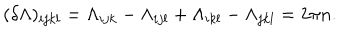
( \delta \Lambda { } ) _ { i j k l } = \Lambda _ { i j k } - \Lambda _ { i j l } + \Lambda _ { i k l } - \Lambda _ { j k l } = 2 \pi { } n .